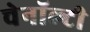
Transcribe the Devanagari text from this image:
चेनॉल्टी